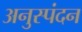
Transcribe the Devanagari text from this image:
अनुस्पंदन